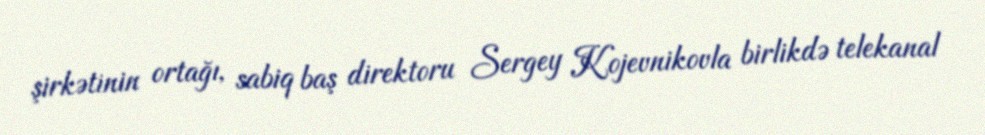
şirkətinin ortağı, sabiq baş direktoru Sergey Kojevnikovla birlikdə telekanal